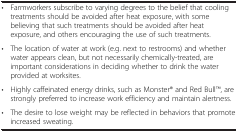
<table><thead><tr><td><b> </b></td><td><b> </b></td></tr></thead><tbody><tr><td>•</td><td>Farmworkers subscribe to varying degrees to the belief that cooling treatments should be avoided after heat exposure, with some believing that such treatments should be avoided after heat exposure, and others encouraging the use of such treatments.</td></tr><tr><td>•</td><td>The location of water at work (e.g. next to restrooms) and whether water appears clean, but not necessarily chemically-treated, are important considerations in deciding whether to drink the water provided at worksites.</td></tr><tr><td>•</td><td>Highly caffeinated energy drinks, such as Monster® and Red BullTM, are strongly preferred to increase work efficiency and maintain alertness.</td></tr><tr><td>•</td><td>The desire to lose weight may be reflected in behaviors that promote increased sweating.</td></tr></tbody></table>